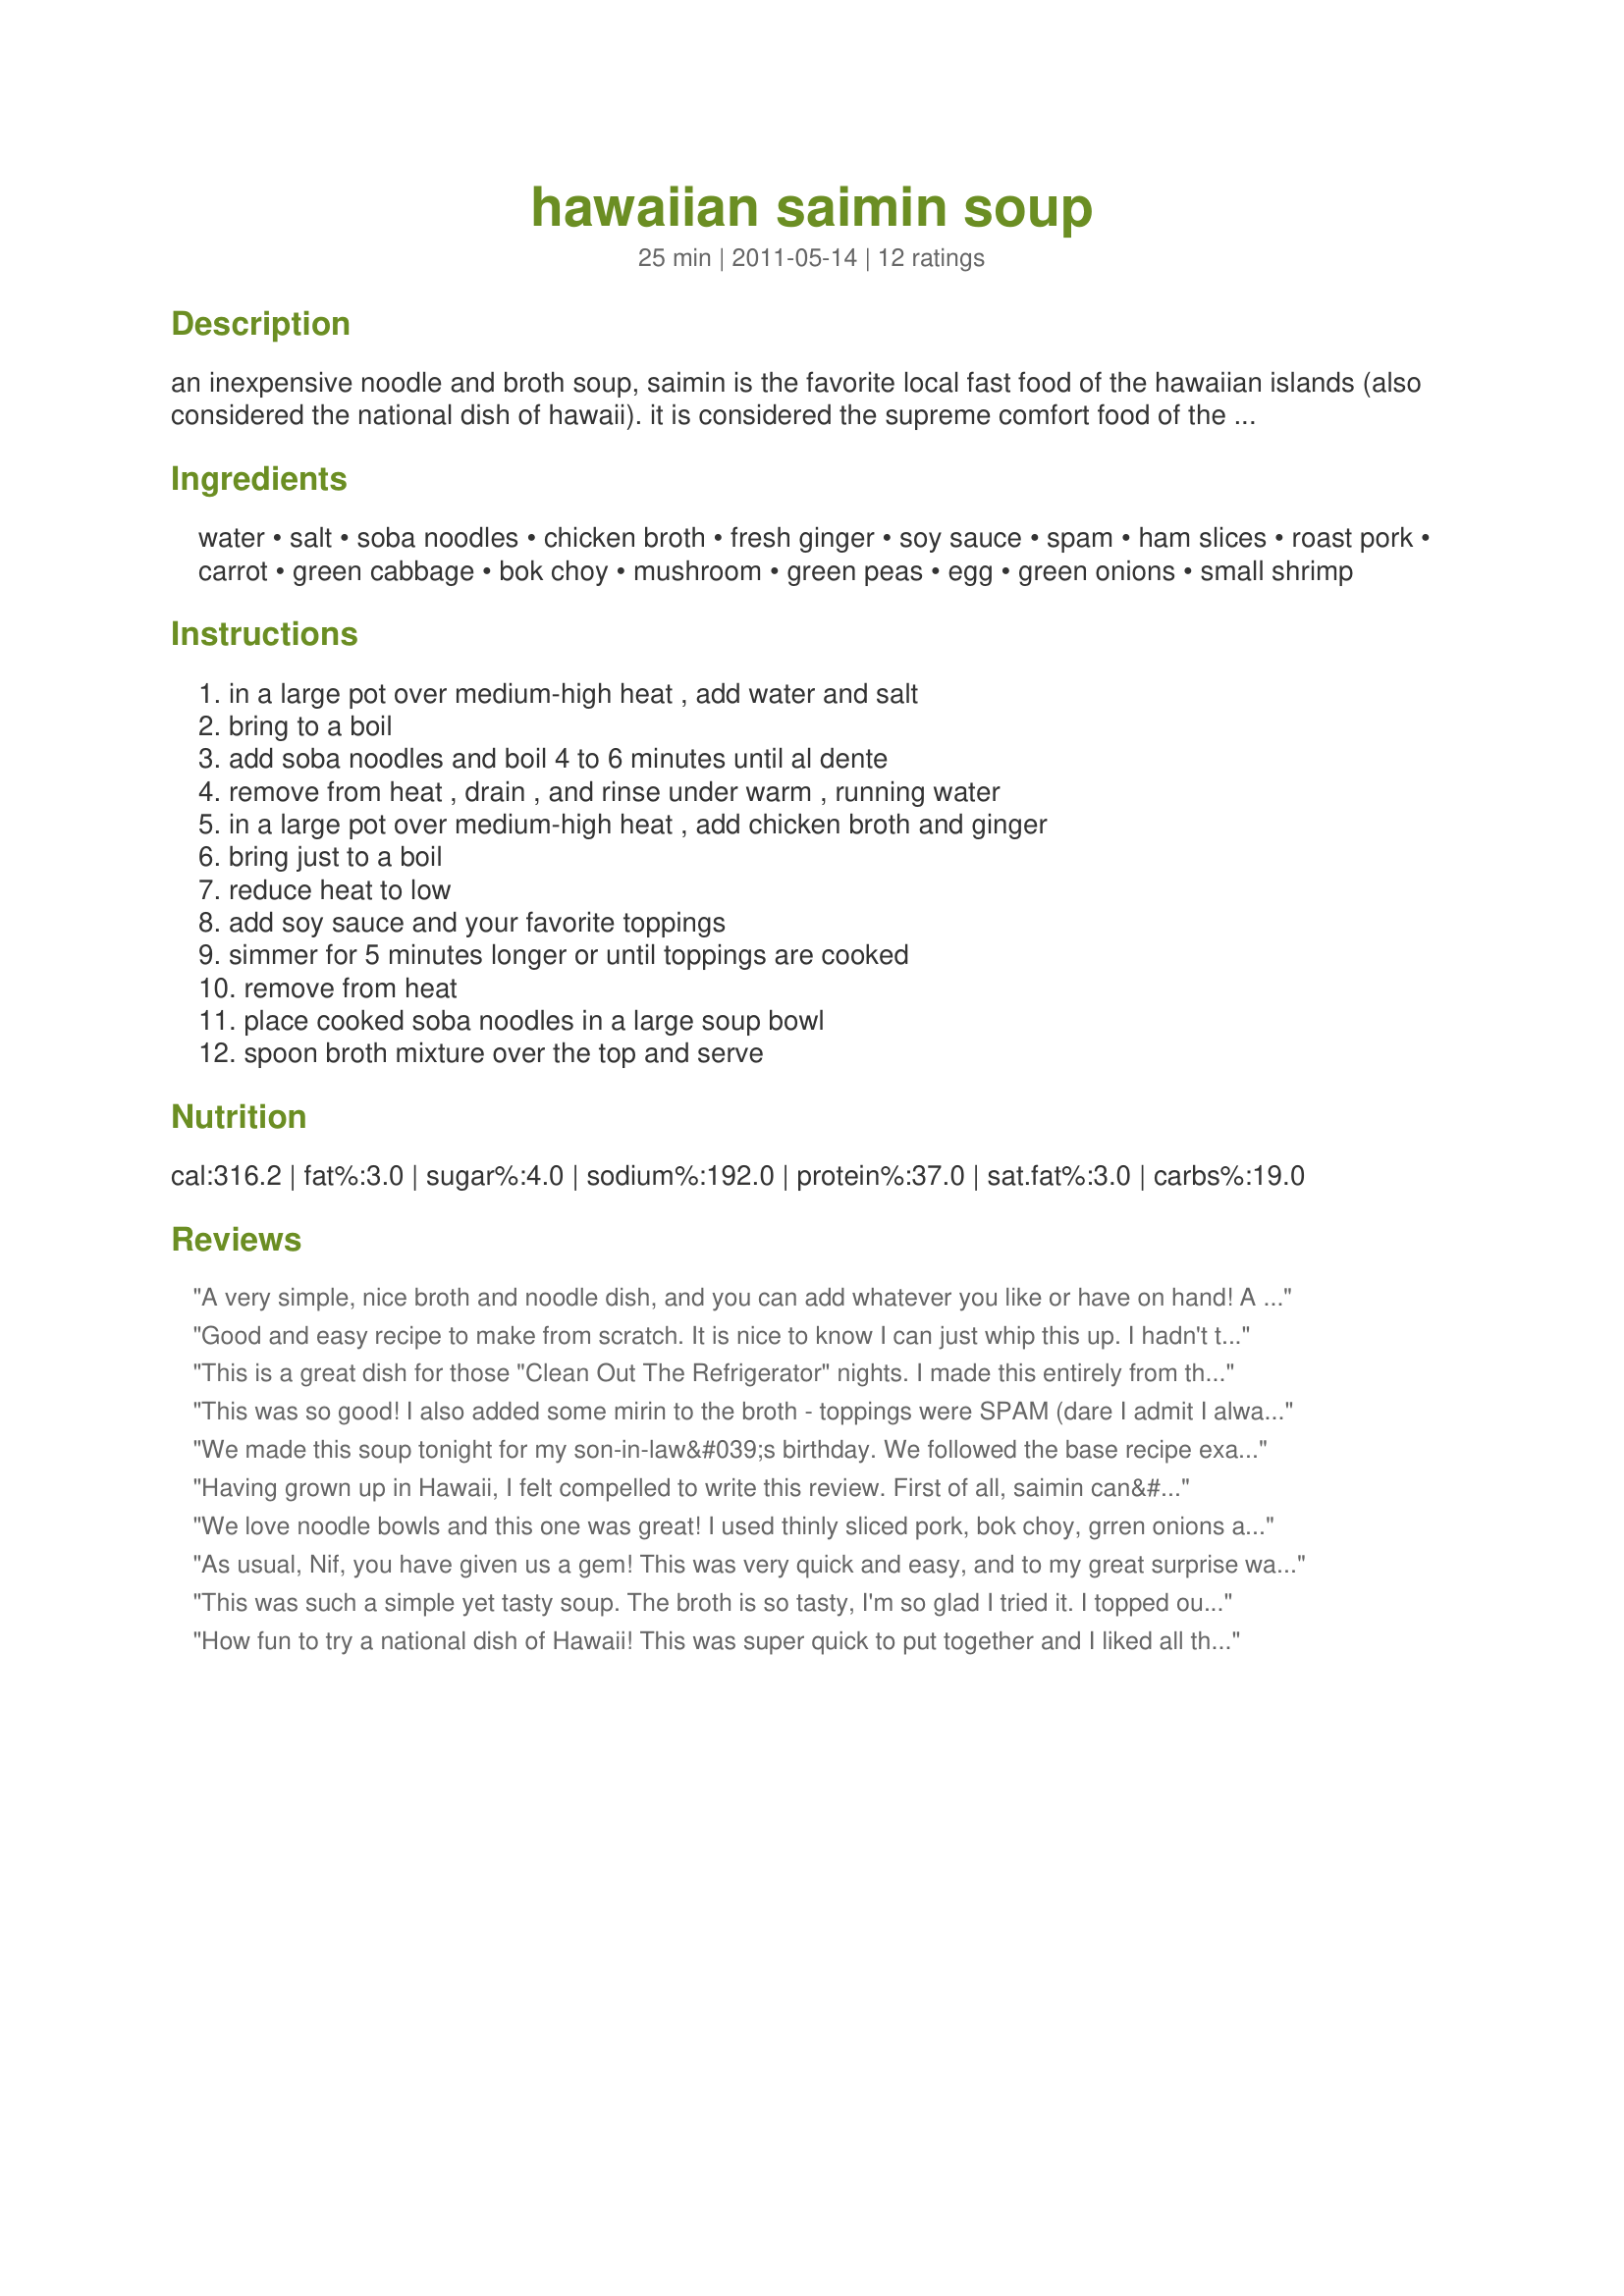
hawaiian saimin soup
Preparation time: 25 minutes

an inexpensive noodle and broth soup, saimin is the favorite local fast food of the hawaiian islands (also considered the national dish of hawaii). it is considered the supreme comfort food of the islands, eaten at any time of day. you can find this soup at snack bars, coffee shops, and even on the mcdonald's menu (in hawaii only). saimin is basically the same thing as ramen, a japanese noodle soup. in hawaii, you will get the real thing, fresh, thin white noodles in a clear broth with green onions, kamaboko (fish cakes), and sometimes ham or char siu (pork). some people add chicken, eggs, shrimp, and whatever else is desired. the saimin is eaten very hot with chopsticks or spoons, and the broth is then drunk from the bowl. do not be afraid to slurp, as there is simply no quiet way to eat saimin. the prep time really varies, depending on what toppings you choose. enjoy!

Ingredients:
water, salt, soba noodles, chicken broth, fresh ginger, soy sauce, spam, ham slices, roast pork, carrot, green cabbage, bok choy, mushroom, green peas, egg, green onions, small shrimp

Steps:
in a large pot over medium-high heat , add water and salt, bring to a boil, add soba noodles and boil 4 to 6 minutes until al dente, remove from heat , drain , and rinse under warm , running water, in a large pot over medium-high heat , add chicken broth and ginger, bring just to a boil, reduce heat to low, add soy sauce and your favorite toppings, simmer for 5 minutes longer or until toppings are cooked, remove from heat, place cooked soba noodles in a large soup bowl, spoon broth mixture over the top and serve

Reviews:
A very simple, nice broth and noodle dish, and you can add whatever you like or have on hand! A great clean out the fridge/pantry recipe. I topped mine with Spam, carrots and cabbage. Made for ZWT7 for the Hot Pink Ladies.
Good and easy recipe to make from scratch. It is nice to know I can just whip this up. I hadn't tried spam since I was a kid. Made for ZWT7.
This is a great dish for those "Clean Out The Refrigerator" nights. I made this entirely from things in my fridge, freezer, pantry and garden. For add-ins, I chose: scrambled egg, shredded chicken breast, snow peas, bok choy, mushrooms and scallions. I feel like I got all of the veggies I needed to have a balanced meal without feeling like I ate a pile of bland, steamed veggies. The ginger and soy really wake up the chicken broth, and make this something special. The only thing I might change is to add a bit of chile-garlic sauce, to give it a slight bite. Even without it, however, this is a fabulous, easy, versatile dish- well worth keeping in your back pocket. Thanks for posting!
This was so good! I also added some mirin to the broth - toppings were SPAM (dare I admit I always have a can in the cupboard?LOL), egg (just broke it on top and let it lightly cook), bok choy, green onions, peas, carrot julienne and some frozen cocktail shrimp. We love soba noodles and this was fast, easy, and tasty.
We made this soup tonight for my son-in-law&#039;s birthday. We followed the base recipe exactly, then added bok choy, green onions, scrambled eggs (dropped in), and light spam (lightly fried). It was delicious! We will definately make it again! Thanks so much for a super easy recipe, that doesn&#039;t disappoint!&lt;br/&gt;&lt;br/&gt;Kate
Having grown up in Hawaii, I felt compelled to write this review. First of all, saimin can&#039;t possibly be Hawaii&#039;s &quot;National dish&quot; -- Hawaii, after all, is a state of the US, and not a nation. Secondly, japanese somen noodles (I am ethnically japanese) are not all that similar to true saimin noodles -- I understand that most readers, including myself, cannot find saimin noodles on the continental US, so finding a substitute was necessary -- so know that, even though what you are creating with this recipe may be delicious, it it not real saimin. If you do have a chance to visit Hawaii, visit a traditional saimin shop and you will understand.
We love noodle bowls and this one was great! I used thinly sliced pork, bok choy, grren onions and a hard boiled egg. The only thing I would do differently next time would be to use either low sodium Soy sauce or low sodium chicken broth...it was a bit salty for my taste but still very Yummy :)<br/>Made for Food.Commandos ~ZWT 7
As usual, Nif, you have given us a gem! This was very quick and easy, and to my great surprise was enjoyed by the whole family. DH had 3 helpings, and DS was thrilled when I told him he could slurp his noodles (he said "like Kung Fu Panda?!?" LOL). I used thin rice noodles as they were on hand, and since an 8 oz box of those makes a LOT I doubled the broth mix as well. I went kind of crazy with the toppings so there would be something for everyone, with lots of veggies and several protein choices. I would SO love to order this at McD's!! Thanks again, Nif. Made for ZWT7 for the Vivacious Violets.
This was such a simple yet tasty soup. The broth is so tasty, I'm so glad I tried it. I topped ours with some leftover cubed beef and sliced button mushrooms, and it was really good (even tough those ingredients don't photograph very well). Thanks, Nif. Made for SWT 2018 (Hawaii).
How fun to try a national dish of Hawaii! This was super quick to put together and I liked all the options for toppings (and used a lot of them!). I did use, and recommend, low-sodium soy sauce. For the soba noodles, I used organic buckwheat. I loved the ginger addition. I used these toppings: Spam (it was pretty darn good!), carrots, bok choy leaves, mushrooms, green onions and I had one coconut shrimp left from dinner last night - so I took off the breading and chopped it and added it to just my bowl. Yum! Made for ZWT7 and the Golden Gourmets.
A very nice and relatively light soup. For toppings I used spam, carrots, mushrooms, green peas, scrambled eggs and chives! Excellent flavor. Next time will double the amount of broth. Oh, I also used buckwheat soba noodles. Made for ZWT7 and the Saucy Silverados.
My grandson and I ate Hawaiian today. Yummy soup. Very easy and I used ingredients that I had on hand - organic soba, spam (one of his favorites), mushrooms, peas, green onions, and diced shrimp. Thanks Nif for another great recipe. Made for ZWT7 for the Emerald City Shakers.
